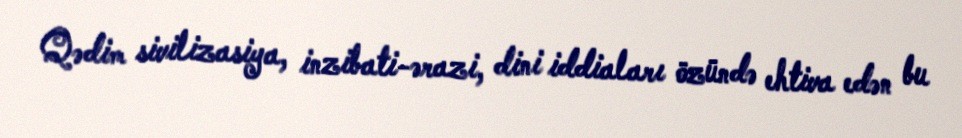
Qədim sivilizasiya, inzibati-ərazi, dini iddiaları özündə ehtiva edən bu